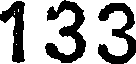
133